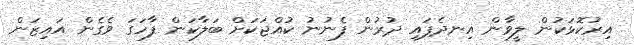
އިރުކޮޅަކުން ލީވާން އިނދެފައި ދުރުން ފެނުނު ކުއްޖަކަށް ބަލާކަން ފާހަގަ ވެގެން އައިޒަން